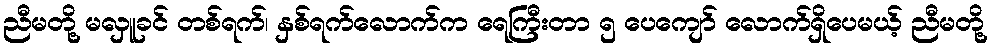
ညီမတို့ မလှူခင် တစ်ရက်၊ နှစ်ရက်လောက်က ရေကြီးတာ ၅ ပေကျော် လောက်ရှိပေမယ့် ညီမတို့